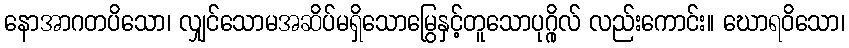
နောအာဂတပိသော၊ လျှင်သောမအဆိပ်မရှိသောမြွေနှင့်တူသောပုဂ္ဂိုလ် လည်းကောင်း။ ဃောရဝိသော၊